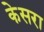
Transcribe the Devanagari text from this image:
केसरा